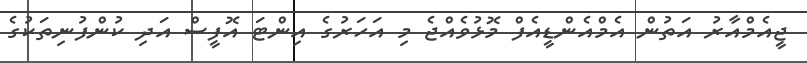
ޖީއެމްއާރު އަތުން އެމްއެންޑީއެފް މޮޅުވެއްޖެ މި އަހަރުގެ އިންޓަ އޮފީސް އަދި ކުންފުނިތަކުގެ